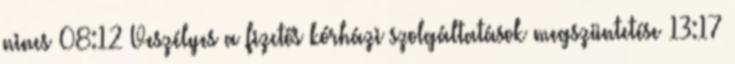
nincs 08:12 Veszélyes a fizetős kórházi szolgáltatások megszüntetése 13:17